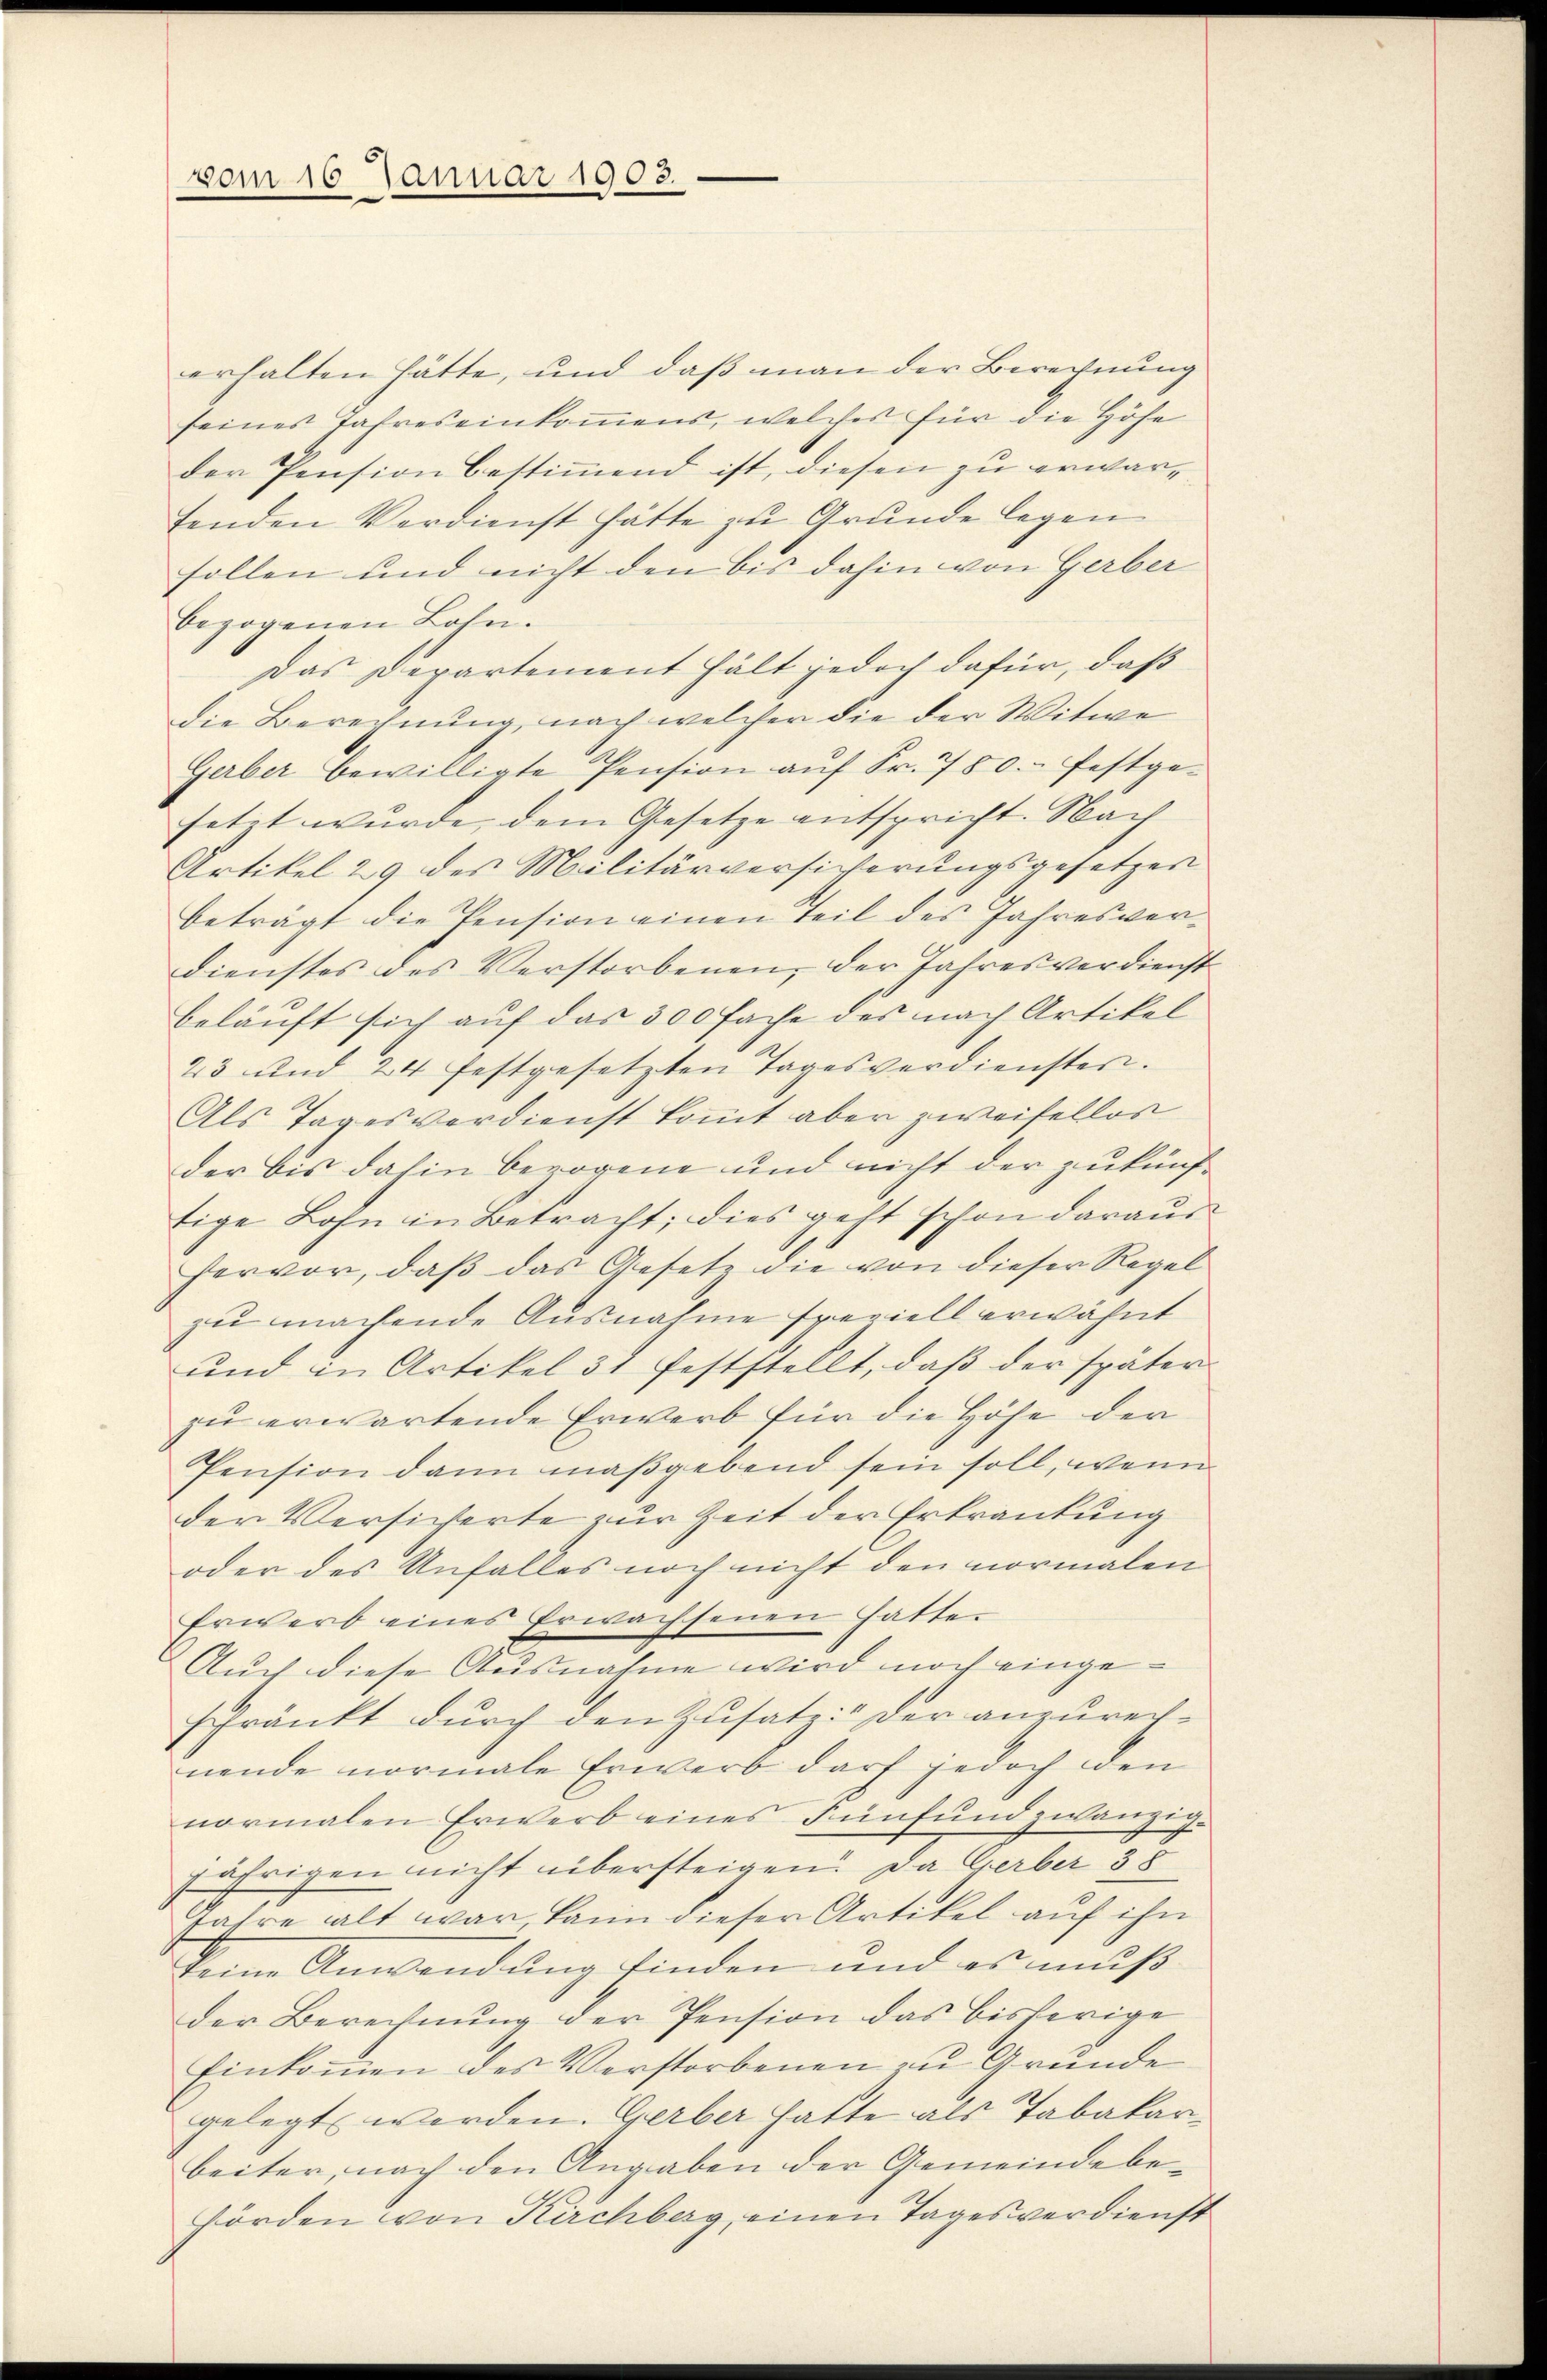
vom 16. Januar 1903.

erhalten hätte, und daß man der Berechnung
seines Jahres einkommens, welches für die Höhe
der Pension bestimmend ist, diesen zu erwarfenden Verdienst hätte zu Grunde legen
sollen und nicht den bis dahin von Gerber
bezogenen Bahn.
Das Departement hält jedoch dafür, daß
Die Berechnung, nach welcher die der Witwe
Gerber bewilligte Pension auf Fr. 780. festgesetzt wurde, dem Gesetze entspricht. Nach
Artikel 29 des Militärversicherungsgesetzer
beträgt die Pension einen Teil des Jahresverdienstes des Verstorbenen, der Jahresverdienst
beläuft sich auf das 300 fache des nach Artikel
23 und 24 festgesetzten Tages verdienster.
Als Tagesverdienst kommt aber zweifellos
der bis dahin berogene und nicht der zukünftige Lohn in Betracht; dies geht schon daraus
hervor, daß das Gesetz die von dieser Regel
zu machende Ausnahme speziell erwähnt
und in Artikel 31 feststellt, daβ der später
zu erwartende Erwerb für die Höhe der
Pension dann maßgebend sein soll, wenn
der Versicherte zur Zeit der Erkrankung
oder des Anfalles noch nicht den normalen
Erwerb eines Erwachsenen hatte.
Auch diese Ausnahme wird noch eingeschränkt durch den Zusatz: der anzurechnende normale Erwerb darf jedoch den
normalen Erwerb eines Fünfund zwanzig-
äfrigen nicht übersteigen. Da Gerber 38
Jahre alt war, kann dieser Artikel auf ihn
keine Anwendung finden und es muß
der Berechnŭng der Pension das bisherige
Einkommen des Verstorbenen zu Grunde
gelegt werden. Gerber hatte als Tabakarbeiter, nach den Angaben der Gemeindebe¬
Hörden von Kirchberg, einen Tages verdienst